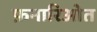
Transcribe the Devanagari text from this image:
फ़नारिओत